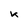
Character: k